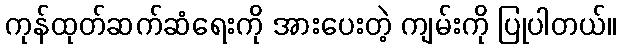
ကုန်ထုတ်ဆက်ဆံရေးကို အားပေးတဲ့ ကျမ်းကို ပြုပါတယ်။